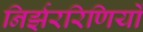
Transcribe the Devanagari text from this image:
निर्झररिणियों